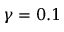
\gamma = 0 . 1